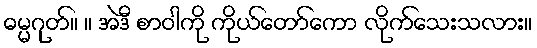
ဓမ္မဂုတ်။ ။ အဲဒီ စာဝါကို ကိုယ်တော်ကော လိုက်သေးသလား။